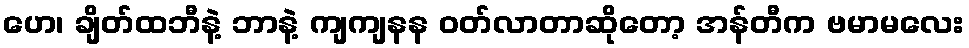
ဟေ၊ ချိတ်ထဘီနဲ့ ဘာနဲ့ ကျကျနန ဝတ်လာတာဆိုတော့ အန်တီက ဗမာမလေး